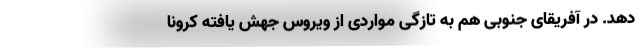
دهد. در آفریقای جنوبی هم به تازگی مواردی از ویروس جهش یافته کرونا